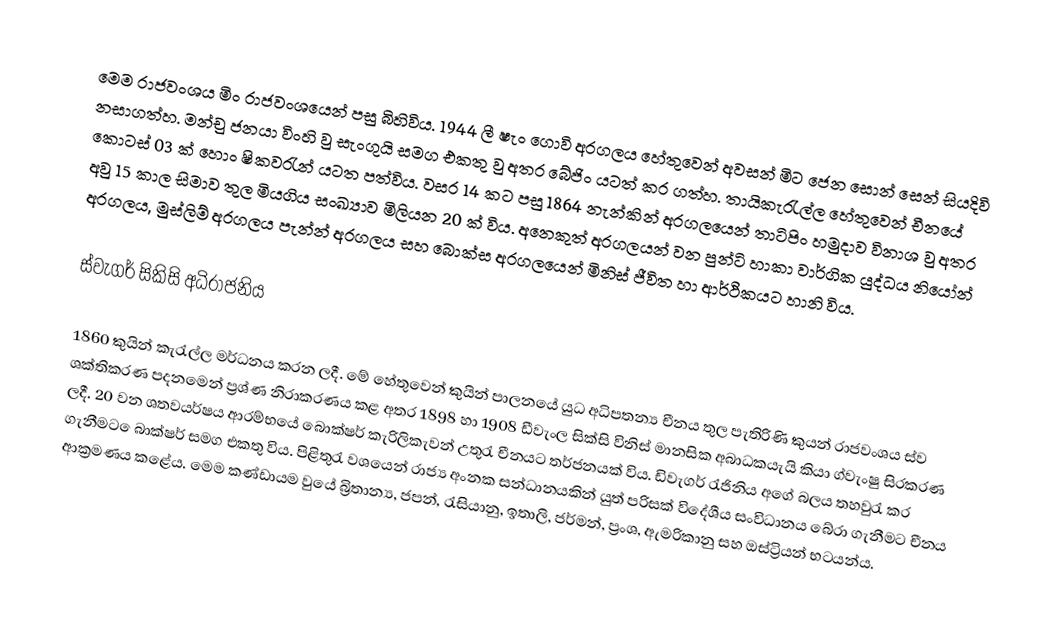
මෙම රාජවංශය මිං රාජවංශයෙන් පසු බිහිවිය. 1944 ලී ෂැං ගොවි අරගලය හේතුවෙන් අවසන් මිට ජෙන සොන් සෙන් සියදිවි නසාගත්හ. මන්චු ජනයා විංහි වු සැංගුයි සමග එකතු වු අතර බේජිං යටත් කර ගත්හ. තායිකැරැල්ල  හේතුවෙන් චීනයේ කොටස් 03 ක් හොං ෂිකවරැන් යටත පත්විය. වසර 14 කට පසු 1864 නැන්කින් අරගලයෙන් තාටිපිං හමුදාව විනාශ වු අතර අවු  15 කාල සිමාව තුල මියගිය සංඛ්‍යාව මිලියන 20 ක් විය. අනෙකුත් අරගලයන් වන පුන්ටි හාකා වාර්ගික යුද්ධය නියෝන් අරගලය, මුස්ලිම් අරගලය පැන්න් අරගලය සහ බොක්ස අරගලයෙන් මිනිස් ජීවිත හා ආර්ථිකයට හානි විය.

ස්වැගර් සිකිසි අධිරාජනිය

1860 කුයින් කැරැල්ල මර්ධනය කරන ලදී. මේ හේතුවෙන් කුයින් පාලනයේ යුධ අධිපතන්‍ය චීනය තුල පැතිරිණි කුයන් රාජවංශය ස්ව ‍ශක්තිකරණ පදනමෙන් ප්‍රශ්ණ නිරාකරණය කළ අතර 1898 හා 1908 ඩීවැංල සික්සි විනිස් මානසික අබාධකයැයි කියා ග්වැංෂු  සිරකරණ ලදී. 20 වන ශතවයර්ෂය ආරම්භයේ බොක්ෂර් කැරිලිකැවන් උතුරැ චීනයට තර්ජනයක් විය. ඩිවැගර් රැජිනිය අගේ බලය තහවුරැ කර ගැනීමට ‍ෙබාක්ෂර් සමග එකතු විය. පිළිතුරැ වශයෙන් රාජ්‍ය අංනක සන්ධානයකින් යුත් පරිසක් ‍විදේශීය සංවිධානය බේරා ගැනීමට චීනය ආක්‍රමණය කළේය. මෙම කණ්ඩායම වුයේ බ්‍රිතාන්‍ය, ජපන්, රැසියානු, ඉතාලි, ජර්මන්, ප්‍රංශ, ඇමරිකානු සහ ඔස්ට්‍රියන් භටයන්ය.